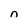
Character: n